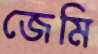
জেমি